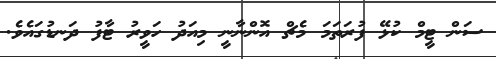
ސަން ޓީމް ކުޅޭ ފުރަތަމަ މެޗް އޮންނާނީ މިއަދު ހަވީރު ޓާފު ދަނޑުގައެވެ.